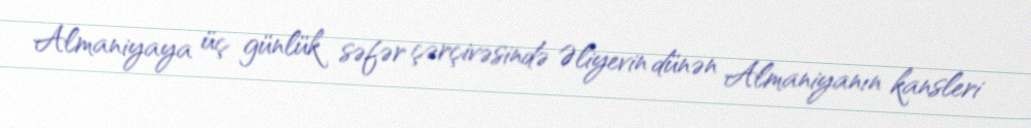
Almaniyaya üç günlük səfər çərçivəsində Əliyevin dünən Almaniyanın kansleri